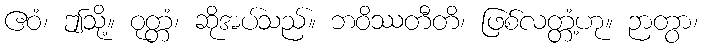
ဧဝံ၊ ဤသို့။ ဝုတ္တံ၊ ဆိုအပ်သည်။ ဘဝိဿတီတိ၊ ဖြစ်လတ္တံ့ဟု။ ဉာတွာ၊